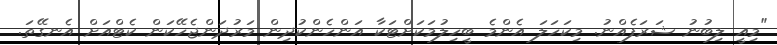
"މިއީ ލިބުނު ޝަރަފެއްނު. މިކަހަލަ އެންމެ ބީހިލުމަކަށްޓަކާ އަންހެންކުދިން މަރުދަންޖެހޭކަން ކެޓްއަށް އެނގޭތަ.